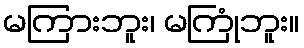
မကြားဘူး၊ မကြုံဘူး။